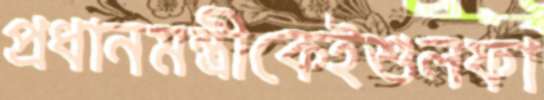
প্রধানমন্ত্রীকেইশুলফা